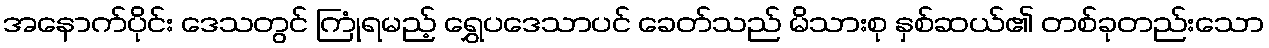
အနောက်ပိုင်း ဒေသတွင် ကြုံရမည့် ရွှေပဒေသာပင် ခေတ်သည် မိသားစု နှစ်ဆယ်၏ တစ်ခုတည်းသော